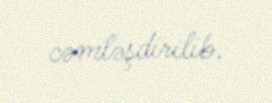
cəmləşdirilib.